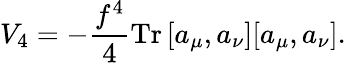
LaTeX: V_{4}=-\frac{f^{4}}{4}\textrm{Tr}\, [a_{\mu},a_{\nu}][a_{\mu},a_{\nu}].